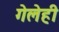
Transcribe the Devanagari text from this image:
गेलेही